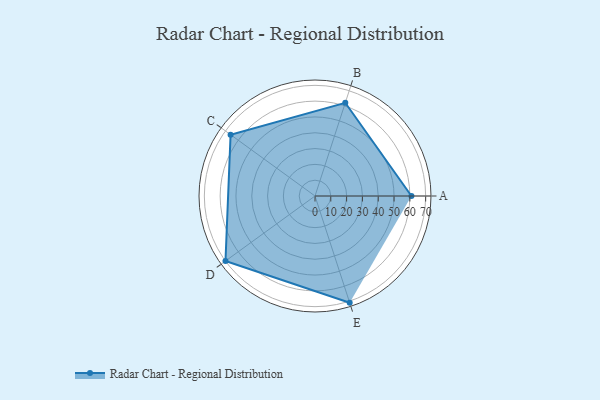
{"axis": {"x": "Skill", "y": "Score"}, "legend": ["Profile"], "data": [{"x": "A", "y": 61.0, "type": "Profile"}, {"x": "B", "y": 62.0, "type": "Profile"}, {"x": "C", "y": 66.0, "type": "Profile"}, {"x": "D", "y": 70.0, "type": "Profile"}, {"x": "E", "y": 71.0, "type": "Profile"}]}